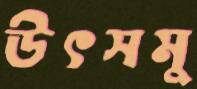
উৎসমু